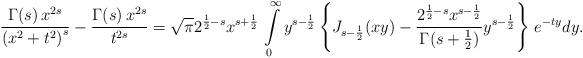
LaTeX: \begin{align*}\frac{\Gamma(s)\,x^{2s}}{\left(x^{2}+t^{2}\right)^{s}}-\frac{\Gamma(s)\,x^{2s}}{t^{2s}}=\sqrt{\pi}2^{\frac{1}{2}-s}x^{s+\frac{1}{2}}\,\intop_{0}^{\infty}y^{s-\frac{1}{2}}\left\{ J_{s-\frac{1}{2}}(xy)-\frac{2^{\frac{1}{2}-s}x^{s-\frac{1}{2}}}{\Gamma(s+\frac{1}{2})}y^{s-\frac{1}{2}}\right\} \,e^{-ty}dy.\end{align*}